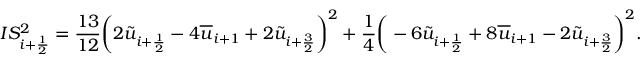
I S _ { i + \frac { 1 } { 2 } } ^ { 2 } = \frac { 1 3 } { 1 2 } \bigg ( 2 \tilde { u } _ { i + \frac { 1 } { 2 } } - 4 \overline { { u } } _ { i + 1 } + 2 \tilde { u } _ { i + \frac { 3 } { 2 } } \bigg ) ^ { 2 } + \frac { 1 } { 4 } \bigg ( - 6 \tilde { u } _ { i + \frac { 1 } { 2 } } + 8 \overline { { u } } _ { i + 1 } - 2 \tilde { u } _ { i + \frac { 3 } { 2 } } \bigg ) ^ { 2 } .